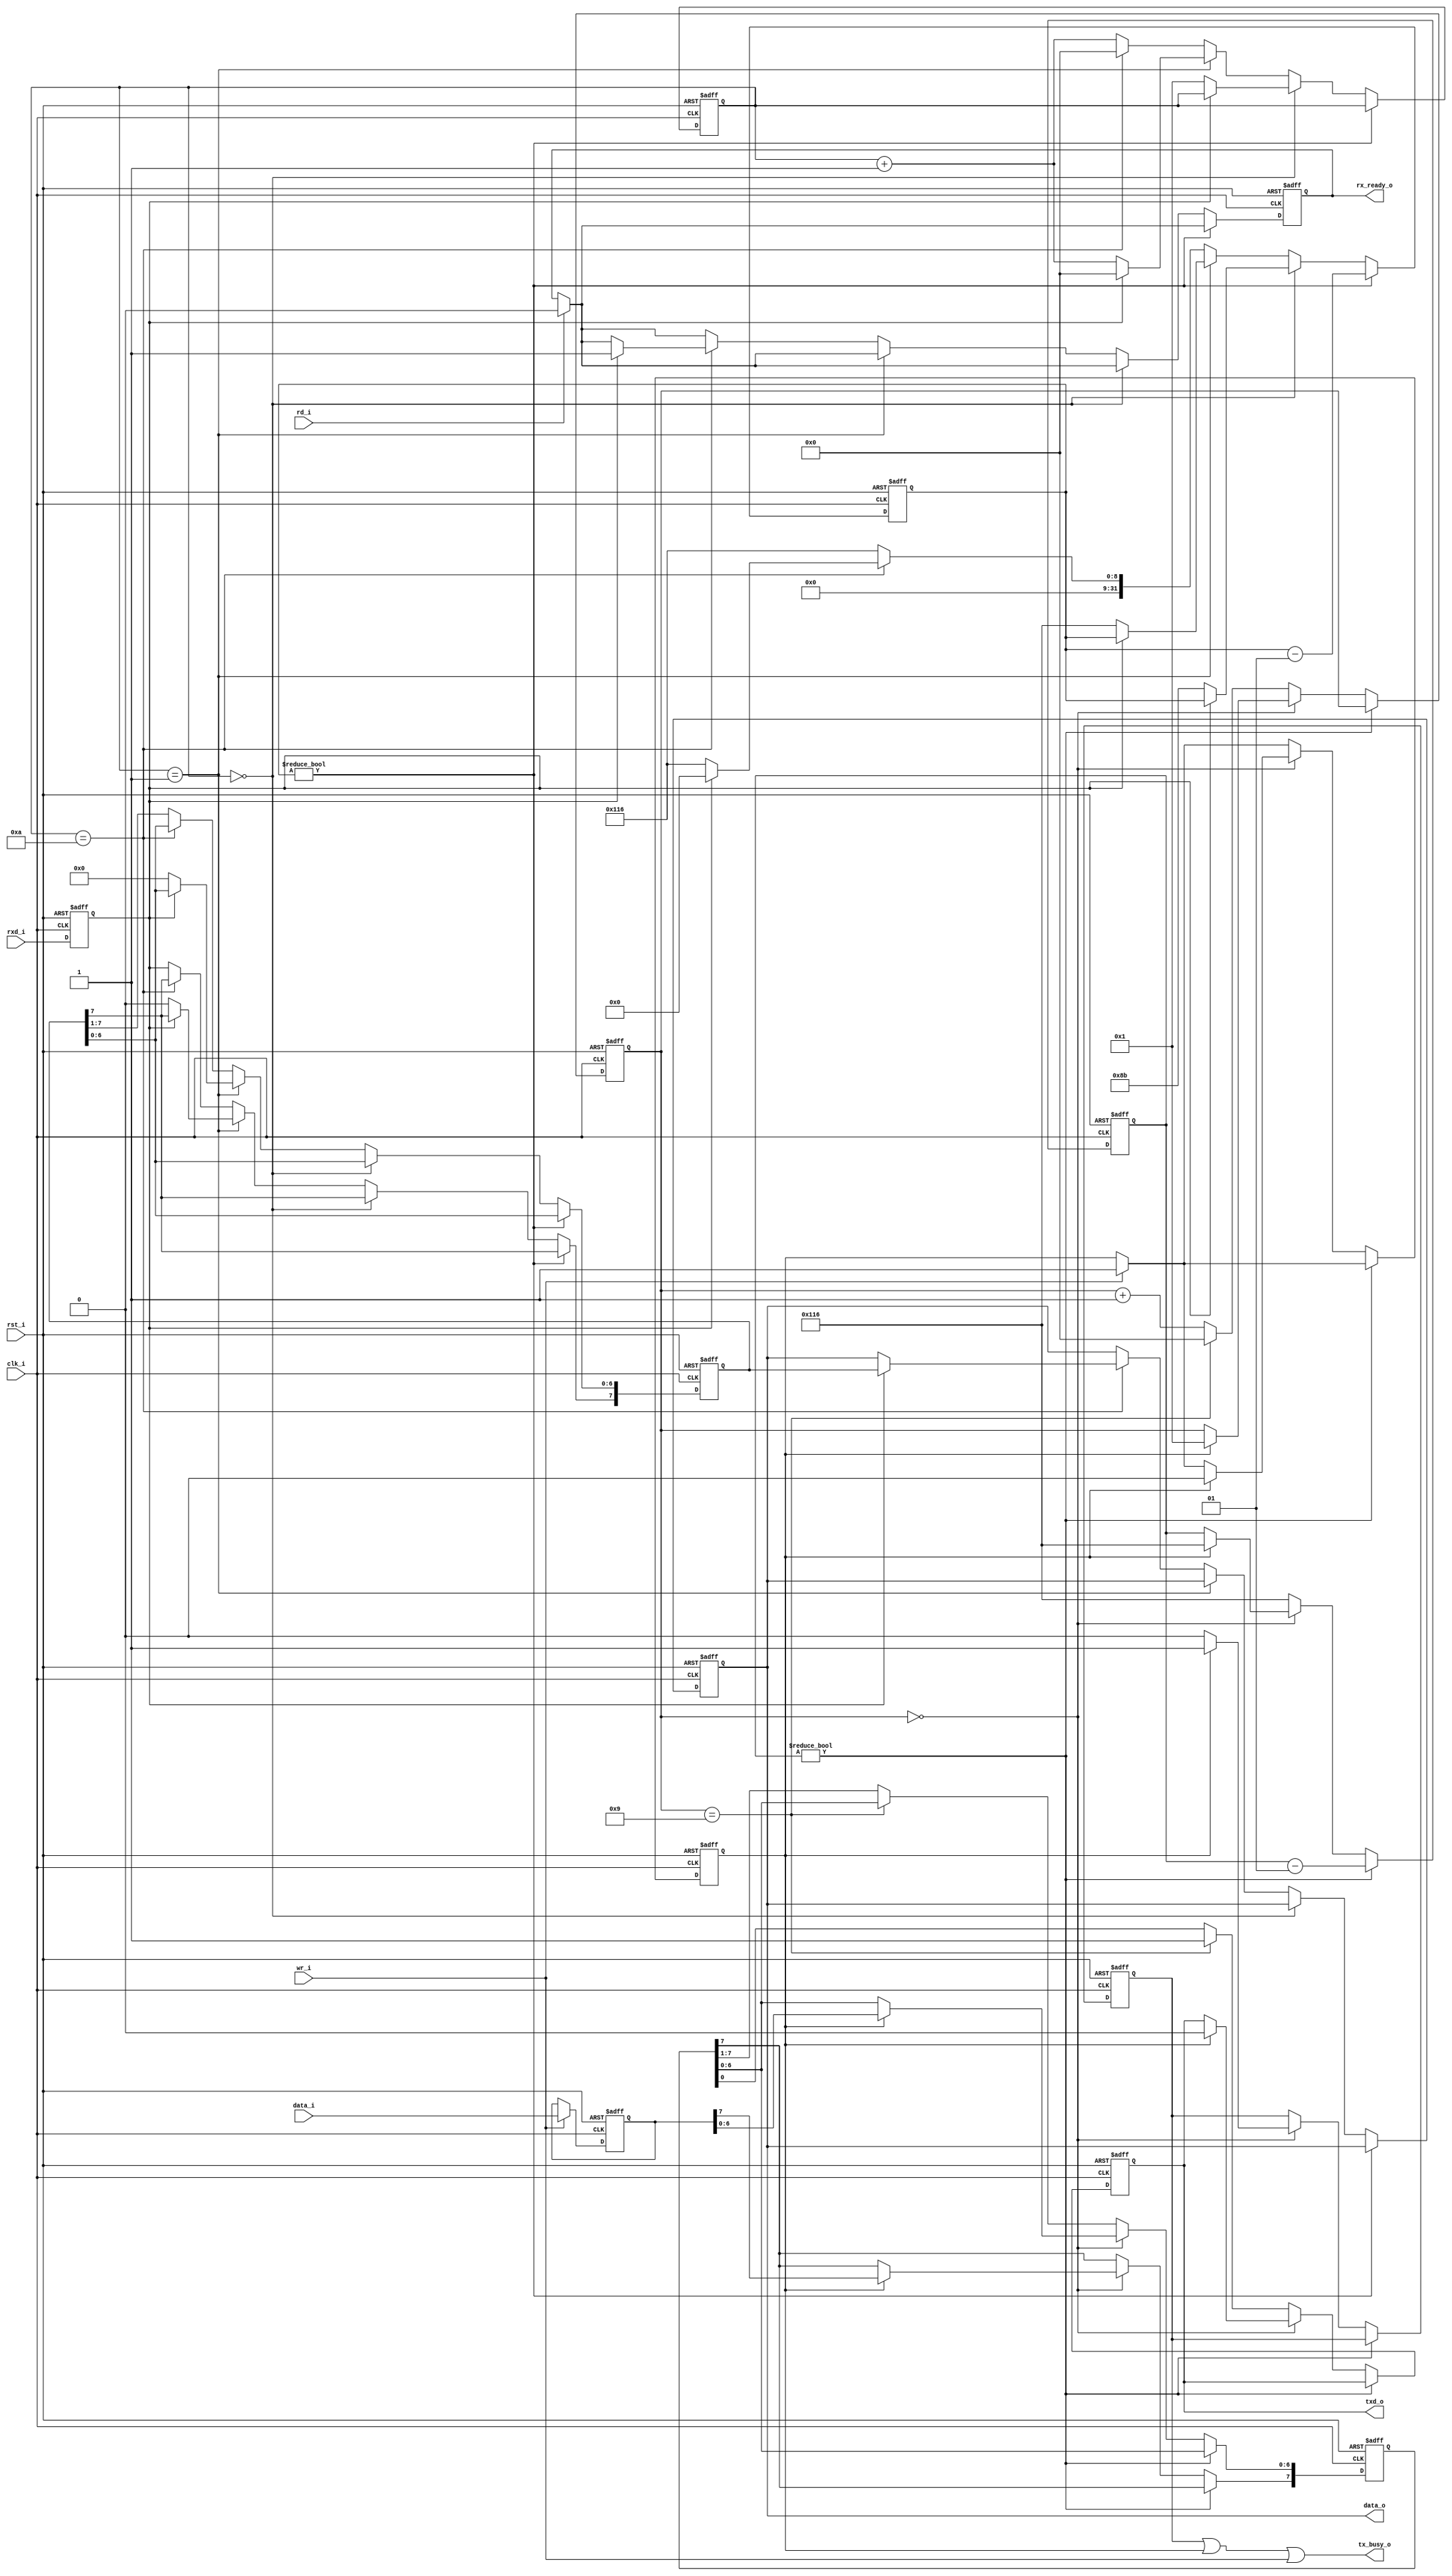
module uart_19 
( 
    clk_i, 
    rst_i,
    tx_busy_o, 
    rx_ready_o,
    data_i, 
    wr_i,
    data_o,
    rd_i, 
    rxd_i, 
    txd_o 
);
parameter  [31:0]    UART_DIVISOR = 278;
input               clk_i ;
input               rst_i ;
input [7:0]         data_i ;
output [7:0]        data_o ;
input               wr_i ;
input               rd_i ;
output              tx_busy_o ;
output              rx_ready_o ;
input               rxd_i ;
output              txd_o ;
parameter           FULL_BIT = UART_DIVISOR;
parameter           HALF_BIT = (FULL_BIT / 2);
reg [7:0]           tx_buf;
reg                 tx_buf_full;
reg                 tx_busy;
reg [3:0]           tx_bits;
integer             tx_count;
reg [7:0]           tx_shift_reg;
reg                 txd_o;
reg                 i_rxd;
reg [7:0]           data_o;
reg [3:0]           rx_bits;
integer             rx_count;
reg [7:0]           rx_shift_reg;
reg                 rx_ready_o;
always @ (posedge rst_i or posedge clk_i )
begin 
   if (rst_i == 1'b1) 
       i_rxd <= 1'b1;
   else 
       i_rxd <= rxd_i;
end
always @ (posedge clk_i or posedge rst_i )
begin 
   if (rst_i == 1'b1) 
   begin 
       rx_bits      <= 0;
       rx_count     <= 0;
       rx_ready_o   <= 1'b0;
       rx_shift_reg <= 8'h00;
       data_o       <= 8'h00;       
   end
   else 
   begin 
       if (rd_i == 1'b1)
           rx_ready_o <= 1'b0;
       if (rx_count != 0) 
           rx_count    <= (rx_count - 1);
       else 
       begin 
           if (rx_bits == 0)
           begin 
               if (i_rxd == 1'b0) 
               begin 
                   rx_count <= HALF_BIT;
                   rx_bits  <= 1;
               end
           end 
           else if (rx_bits == 1)
           begin
               if (i_rxd == 1'b0)
               begin 
                   rx_count     <= FULL_BIT;
                   rx_bits      <= (rx_bits + 1);
                   rx_shift_reg <= 8'h00;
               end
               else 
               begin 
                   rx_bits      <= 0;
               end
           end 
           else if (rx_bits == 10) 
           begin 
               if (i_rxd == 1'b1) 
               begin 
                   rx_count     <= 0;
                   rx_bits      <= 0;
                   data_o       <= rx_shift_reg;
                   rx_ready_o   <= 1'b1;
               end
               else 
               begin 
                   rx_count     <= FULL_BIT;
                   rx_bits      <= 0;
               end
           end 
           else 
           begin 
               rx_shift_reg[7]  <= i_rxd;
               rx_shift_reg[6:0]<= rx_shift_reg[7:1];
               rx_count         <= FULL_BIT;
               rx_bits          <= (rx_bits + 1);
           end
       end 
   end
end
always @ (posedge clk_i or posedge rst_i )
begin 
   if (rst_i == 1'b1)
   begin 
       tx_count     <= 0;
       tx_bits      <= 0;
       tx_busy      <= 1'b0;
       txd_o        <= 1'b1;
       tx_shift_reg <= 8'h00;
       tx_buf       <= 8'h00;
       tx_buf_full  <= 1'b0; 
   end
   else 
   begin    
       if (wr_i == 1'b1) 
       begin 
           tx_buf       <= data_i;
           tx_buf_full  <= 1'b1;
       end
       if (tx_count != 0)
           tx_count     <= (tx_count - 1);
       else 
       begin
           if (tx_bits == 0)
           begin
               tx_busy <= 1'b0;
               if (tx_buf_full == 1'b1) 
               begin 
                   tx_shift_reg <= tx_buf;
                   tx_busy      <= 1'b1;
                   txd_o        <= 1'b0;
                   tx_buf_full  <= 1'b0; 
                   tx_bits      <= 1;
                   tx_count     <= FULL_BIT;
               end
           end
           else if (tx_bits == 9)
           begin 
               txd_o    <= 1'b1;
               tx_bits  <= 0;
               tx_count <= FULL_BIT;
           end
           else 
           begin
               txd_o            <= tx_shift_reg[0];
               tx_shift_reg[6:0]<= tx_shift_reg[7:1];
               tx_bits          <= (tx_bits + 1);
               tx_count         <= FULL_BIT;
           end
        end 
    end 
end
assign tx_busy_o = (tx_busy | tx_buf_full | wr_i);
endmodule